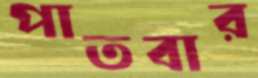
পাতবার